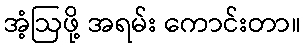
အံ့ဩဖို့ အရမ်း ကောင်းတာ။